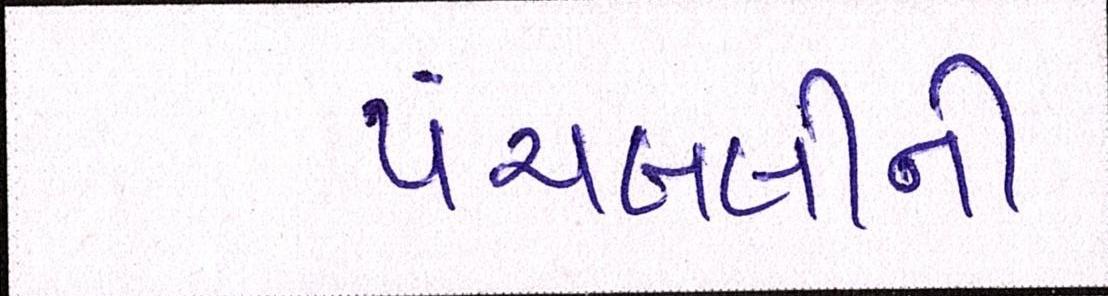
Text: પંચબલીની